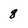
Character: 8